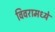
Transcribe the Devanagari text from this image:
विवरामध्ये